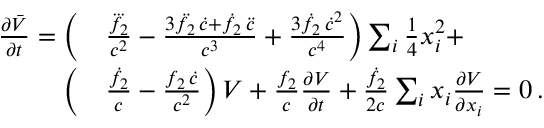
\begin{array} { r l } { \frac { \partial \bar { V } } { \partial t } = \bigg ( } & { { } \frac { \dddot { f _ { 2 } } } { c ^ { 2 } } - \frac { 3 \ddot { f } _ { 2 } \, \dot { c } + \dot { f } _ { 2 } \, \ddot { c } } { c ^ { 3 } } + \frac { 3 \dot { f } _ { 2 } \, \dot { c } ^ { 2 } } { c ^ { 4 } } \bigg ) \sum _ { i } { \textstyle \frac { 1 } { 4 } } x _ { i } ^ { 2 } + } \\ { \bigg ( } & { { } \frac { \dot { f } _ { 2 } } { c } - \frac { f _ { 2 } \, \dot { c } } { c ^ { 2 } } \bigg ) \, V + \frac { f _ { 2 } } { c } \frac { \partial V } { \partial t } + \frac { \dot { f } _ { 2 } } { 2 c } \sum _ { i } x _ { i } \frac { \partial V } { \partial x _ { i } } = 0 \, . } \end{array}